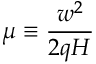
\mu \equiv \frac { w ^ { 2 } } { 2 q H }